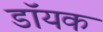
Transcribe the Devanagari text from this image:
डॉयक